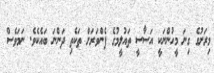
މިރަށުގެ ގިނަ މީހުންނަކީ އަސާސީ ތައުލީމުގެ ފެންވަރަށް ތަކެތި ދަންނަ ބައެކެވެ. ނަމަވެސް